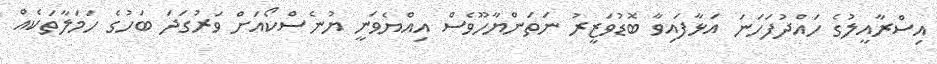
އިސްރާއީލުގެ ހައްދުފަހަނަ އަޅާފައިވާ ބޮޑުވަޒީރު ނަތަންޔާހޫވެސް އިއްޔެވަނީ ޔުނެސްކޯއަށް ވަރުގަދަ ބަހުގެ ހަމަލާތަކެއް